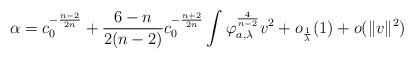
LaTeX: \begin{align*}\alpha=c_{0}^{-\frac{n-2}{2n}}+\frac{6-n}{2(n-2)}c_{0}^{-\frac{n+2}{2n}}\int \varphi_{a, \lambda}^{\frac{4}{n-2}}v^{2}+o_{\frac{1}{\lambda}}(1)+o(\Vert v \Vert^{2})\end{align*}